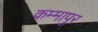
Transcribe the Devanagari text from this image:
कम्मापुर